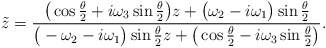
\begin{align*}{\tilde z} = \frac{\big( \cos \frac{\theta}{2} + i \omega_3 \sin\frac{\theta}{2} \big) z + \big(\omega_2 - i \omega_1 \big) \sin\frac{\theta}{2}} {\big(-\omega_2 - i \omega_1 \big) \sin\frac{\theta}{2} z +\big( \cos \frac{\theta}{2} - i \omega_3 \sin\frac{\theta}{2} \big)}.\end{align*}